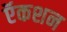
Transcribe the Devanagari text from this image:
ऍकशन